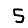
Digit: 5